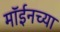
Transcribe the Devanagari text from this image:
मॉईनच्या